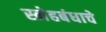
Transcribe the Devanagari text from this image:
स्नेहबंधाचे